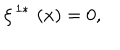
\xi ^ { \, 1 \ast } \, \left( x \right) = 0 ,